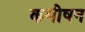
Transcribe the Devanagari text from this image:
कमीषन